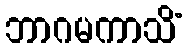
ဘာဂမကာသိံ